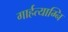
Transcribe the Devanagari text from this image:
गार्हत्याग्नि